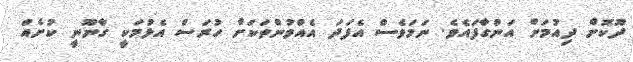
ދޫކޮށް ދިއުމަށް އަންގާފައެވެ. ނަމަވެސް އެފަދަ އެއްވުންތަކަށް ހުރަސް އެޅުމަކީ ގާނޫނީ ކުށެއް